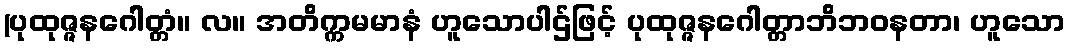
(ပုထုဇ္ဇနဂေါတ္တံ။ လ။ အတိက္ကမမာနံ ဟူသောပါဌ်ဖြင့် ပုထုဇ္ဇနဂေါတ္တာဘိဘဝနတာ၊ ဟူသော